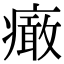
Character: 𤺍